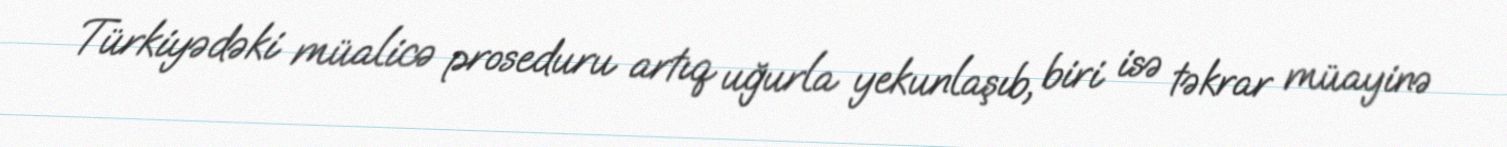
Türkiyədəki müalicə proseduru artıq uğurla yekunlaşıb, biri isə təkrar müayinə